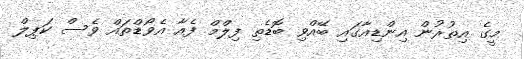
މީގެ އިތުރުން އިންޑިއާގައި ބޭއްވި ބޮޑެތި ފިލްމް ފެއާ އެވޯޑްތައް ވެސް ކަަޕިލް